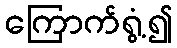
ကြောက်ရွံ့၍